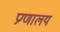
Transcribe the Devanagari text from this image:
प्रग्णालय